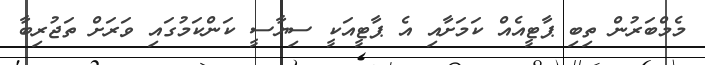
މެމްބަރުން ތިބި ޕާޓީއެއް ކަމަށާއި އެ ޕާޓީއަކީ ސިޔާސީ ކަންކަމުގައި ވަރަށް ތަޖުރިބާ